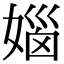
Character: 㛴